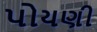
પોયણી